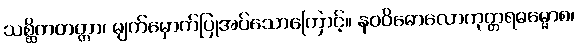
သစ္ဆိကတတ္တာ၊ မျက်မှောက်ပြုအပ်သောကြောင့်။ နဝဝိဓောလောကုတ္တရဓမ္မောစ၊